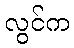
လွင်က